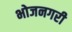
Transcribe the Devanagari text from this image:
भोजनगरी